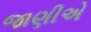
જાણીએ